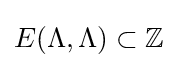
E(\Lambda ,\Lambda )\subset \mathbb {Z}